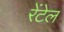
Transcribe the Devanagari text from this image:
रेंटेल